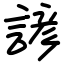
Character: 諺